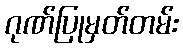
ဂုဏ်ပြုမှတ်တမ်း